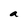
Character: a